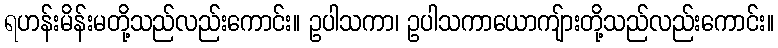
ရဟန်းမိန်းမတို့သည်လည်းကောင်း။ ဥပါသကာ၊ ဥပါသကာယောကျ်ားတို့သည်လည်းကောင်း။